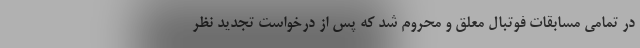
در تمامی مسابقات فوتبال معلق و محروم شد که پس از درخواست تجدید نظر